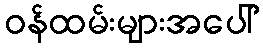
ဝန်ထမ်းများအပေါ်